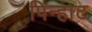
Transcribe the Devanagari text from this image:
पिन्हाट